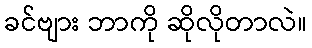
ခင်ဗျား ဘာကို ဆိုလိုတာလဲ။